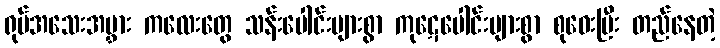
ရုပ်အသေးအမွှား ကလေးတွေ သန်းပေါင်းများစွာ ကုဋေပေါင်းများစွာ စုဝေးပြီး တည်နေတဲ့